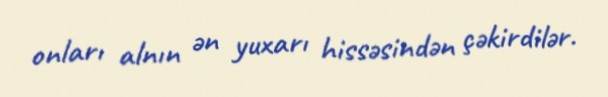
onları alnın ən yuxarı hissəsindən çəkirdilər.